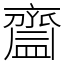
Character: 齍